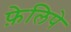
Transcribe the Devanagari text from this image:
फ़ेलिपे